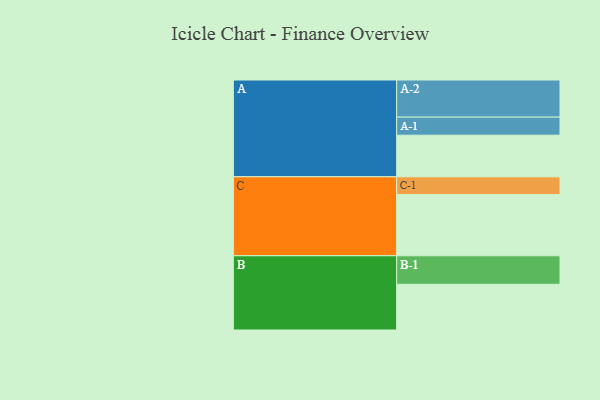
{"axis": {"x": "Segment", "y": "Value"}, "legend": ["", "A", "B", "C"], "data": [{"x": "A", "y": 306, "type": ""}, {"x": "B", "y": 336, "type": ""}, {"x": "C", "y": 450, "type": ""}, {"x": "A-1", "y": 133, "type": "A"}, {"x": "A-2", "y": 273, "type": "A"}, {"x": "B-1", "y": 210, "type": "B"}, {"x": "C-1", "y": 131, "type": "C"}]}